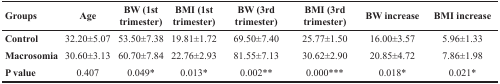
<table><thead><tr><td><b>Groups</b></td><td><b>Age</b></td><td><b>BW (1st trimester)</b></td><td><b>BMI (1st trimester)</b></td><td><b>BW (3rd trimester)</b></td><td><b>BMI (3rd trimester)</b></td><td><b>BW increase</b></td><td><b>BMI increase</b></td></tr></thead><tbody><tr><td><b>Control</b></td><td>32.20±5.07</td><td>53.50±7.38</td><td>19.81±1.72</td><td>69.50±7.40</td><td>25.77±1.50</td><td>16.00±3.57</td><td>5.96±1.33</td></tr><tr><td><b>Macrosomia</b></td><td>30.60±3.13</td><td>60.70±7.84</td><td>22.76±2.93</td><td>81.55±7.13</td><td>30.62±2.90</td><td>20.85±4.72</td><td>7.86±1.98</td></tr><tr><td><b>P value</b></td><td>0.407</td><td>0.049*</td><td>0.013*</td><td>0.002**</td><td>0.000***</td><td>0.018*</td><td>0.021*</td></tr></tbody></table>